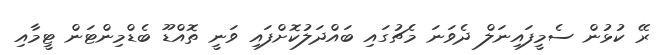
ރޭ ކުޅުން ސެމީފައިނަލް ދެވަނަ މެޗުގައި ބައްދަލުކޮށްފައި ވަނީ ތޮއްޑޫ ބެޑްމިންޓަން ޓީމާއި